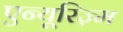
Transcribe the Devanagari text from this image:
एन्यूरिज़्म